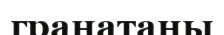
гранатаны